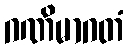
ဂဏိမာဂတံ